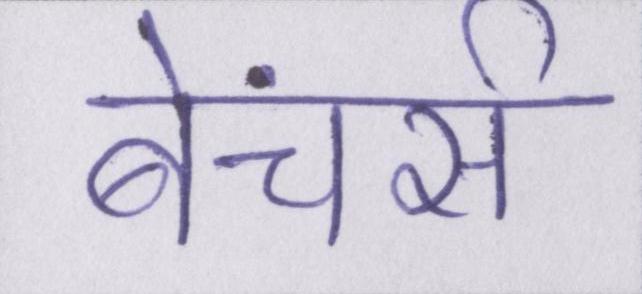
बेंचर्स